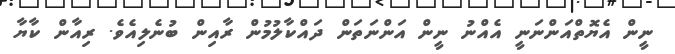
ނީން އެޔޮތްއަންނަނީ އެއްނު ނީން އަންނަތަން ދައްކާލުމުން ރާއިން ބުނެލިއެވެ. ރިއާން ކާޔާ